Vaccination in Bombay 1869-1873 - 1869-1873
Year: 1869
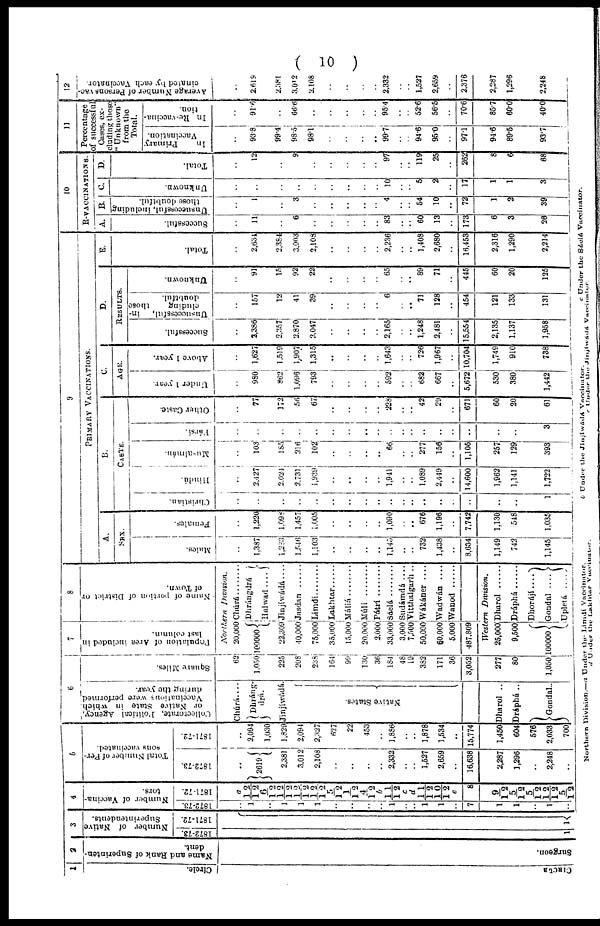
( 10 )
1
Circle.
CIRCLE
2
Name and Rank of Superinten-
dent.
Surgeon.
3
Number of Native
Superintendents.
1872-73.
1
1871-72.
1
4
Number of Vaccina¬
tors.
1872-73.
..
1
..
1
1
1
..
..
..
..
1
..
..
1
1
..
7
1
1
..
1
..
1871-72.
a
12/12
6/12
12/12
12/ 12
12/12
5/12
1/12
4/12 b
11/12
c
d
11/12
10/12
e
8
9/12
5/12
5/12
12/12
5/12
5
Total Number of Per-
sons vaccinated.
1872-73.
..
2619
2,381
3,012
2,108
..
..
..
..
2,332
..
..
1,527
2,659
..
16,638
2,287
1,296
..
2,248
..
1871-72.
..
2,094
1,030
1,829
2,094
2,327
627
22
453
..
1,886
..
..
1,878
1,534
..
15,774
1,450
604
576
2,033
700
6
Collectorate,
Political
Agency,
or Native State in which
Vaccinations were performed
during
the
year.
Chúrá ....
Dhráng¬
drá.
Jinjíwádá.
Native States.
Dharol ..
Dráphá ..
Gondal..
Square Miles.
62
1,050
225
208
238
164
99
130
36
184
48
19
382
171
36
3,052
277
80
1,050
7
Poputation of Area included in
last column.
8
Name of portion of District or
of Town.
Northern
Division.
20.000
100000
22,309
40,000
75,000
35,000
15,000
20,000
2,000
33,000
3,000
7,500
50,000
60,000
5,000
487,809
Chúrá
Dhrángdrá
Ralwad ....
Jinjíwáda ....
Jasdan ......
Limdí........
Lakhtar......
Máliá........
Múlí
........
Pátrí........
Sáelá........
Sudámdá ....
Vitthalgarh ..
Wákàner
....
Wadwán ....
Wanod
Western
Division.
25,000
9,500
100000
Dharol ......
Dráphá......
Dhorájí....
Gondal ....
Upletá
....
9
PRIMARY VACCINATIONS.
A.
SEX.
Males.
..
1,387
1,83
1,546
1,103
..
..
..
..
1,145
..
..
732
1,438
..
8,634
1,149
742
1,145
Females.
..
1,220
1,098
1,457
1,005
..
..
..
..
1,090
..
..
676
1,196
..
7,742
1,130
548
1,035
B.
CASTE.
Christian.
..
..
..
..
..
..
..
..
..
..
..
..
..
..
..
..
..
..
1
Hindu.
..
2,427
2,024
2,731
1,939
..
..
..
..
1,941
..
..
1,089
2,449
..
14,600
1,962
1,141
1,722
Musalmán.
..
103
185
216
102
..
..
..
..
66
..
..
277
156
..
1,105
257
129
393
Pársí.
..
..
..
..
..
..
..
..
..
..
..
..
..
..
..
..
..
..
3
Other Caste.
..
77
172
56
67
..
..
..
..
228
..
..
42
29
..
671
60
20
61
C.
AGE.
Under 1 year.
..
980
862
1,096
793
..
..
..
..
592
..
..
682
667
..
5,672
530
380
1,442
Above 1 year.
..
1,627
1,519
1,907
1,315
..
..
..
.. 1,643
..
.. 726
1,967
..
10,704
1,749
910
738
D.
RESULTS.
Successful.
..
3,386
2,357
2,870
2,047
..
..
..
.. 2,165
..
.. 1,248
2,481
..
15,554
2,135
1,137
1,958
Unsuccessful,
in-
cluding
those
doubtful.
..
157
12
41
39
..
..
..
.. 6
..
.. 71
128
..
454
121
133
131
Unknown.
..
91
15
92
22
..
..
..
.. 65
..
.. 89
71
..
445
60
20
125
E.
Total.
..
2,634
2,384
3,003
2,108
..
..
..
.. 2,236
..
.. 1,408
2,680
..
16,453
2,316
1,290
2,214
10
R-VACCINATIONS.
A.
Successful.
..
11
..
6
..
..
..
..
.. 83
..
.. 60
13
..
173
6
3
26
B.
Unsuccessful, including
those doubtful.
..
1
..
3
..
..
..
..
.. 4
..
.. 54
10
..
72
1
2
39
C.
Unknown.
..
..
..
..
..
..
..
..
.. 10
..
.. 5
2
..
17
1
1
3
D.
Total.
..
12
..
9
..
..
..
..
.. 97
..
.. 119
25
..
262
8
6
68
11
Percentage
of successful
Cases, ex-
cluding those
" Unknown"
from the
Total.
In
Primary
Vaccination.
..
93.8
99.4
98.5
98.1
..
..
..
.. 99.7
..
.. 94.6
95.0
..
97,1
94.6
89.5
93.7
In Re-vaccina-
tion.
..
91.6
..
66.6
..
..
..
..
.. 95.4
..
.. 52.6
56.5
..
70,6
85.7
60.0
40.0
12
Average Number of Persons vac¬
cinated by each Vaccinator.
..
2,619
2,381
3,012
2,108
..
..
..
.. 2,332
..
.. 1,527
2,659
..
2,376
2,287
1,296
2,248
Northern Division.—a Under the Limdí Vaccinator.
b Under the Jínjíwádá Vaccinator.
c Under the Sáclá Vaccinator.
d Under the Lakhtar Vaccinator.
e Under the Jinjíwádá
Vaccinator.